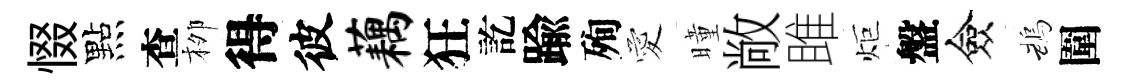
惙點查栁得彼藕狂訖踰殉愛曈敞雎炬盤僉鵡圍